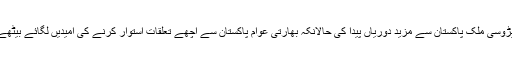
جبکہ پڑوسی ملک پاکستان سے مزید دوریاں پیدا کی حالانکہ بھارتی عوام پاکستان سے اچھے تعلقات استوار کرنے کی امیدیں لگائے بیٹھے تھے۔